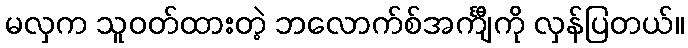
မလှက သူဝတ်ထားတဲ့ ဘလောက်စ်အင်္ကျီကို လှန်ပြတယ်။